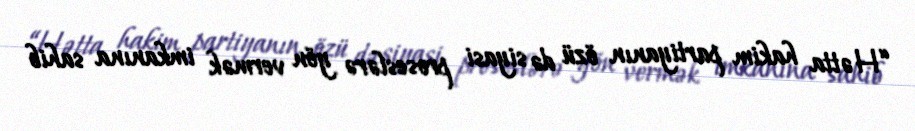
“Hətta hakim partiyanın özü də siyasi proseslərə yön vermək imkanına sahib